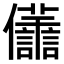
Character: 𠑫